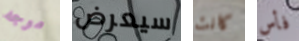
موجه سيعرض كانت فأس